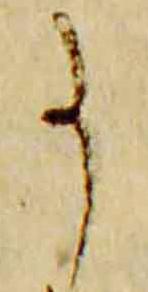
事